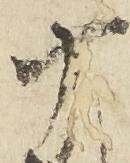
十